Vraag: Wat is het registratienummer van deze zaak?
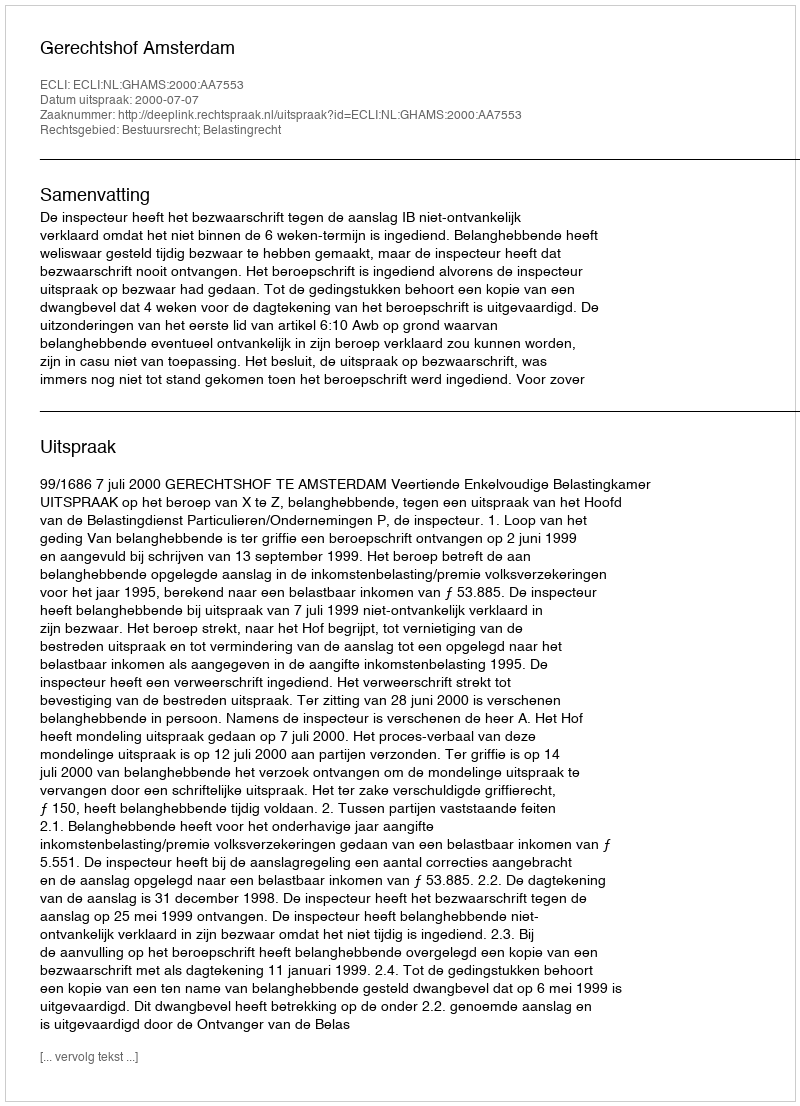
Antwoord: http://deeplink.rechtspraak.nl/uitspraak?id=ECLI:NL:GHAMS:2000:AA7553